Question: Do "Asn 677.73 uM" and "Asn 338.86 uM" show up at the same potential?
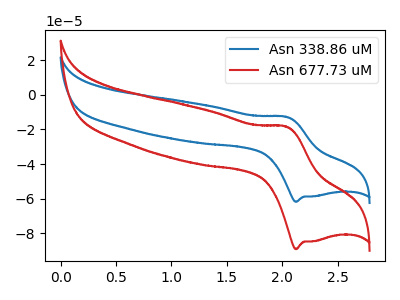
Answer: <think>The blue curve "Asn 338.86 uM" has an anodic peak at (2.05V, -12.80uA) and a cathodic peak at (2.15V, -61.75uA). The red curve "Asn 677.73 uM" has an anodic peak at (2.05V, -18.45uA) and a cathodic peak at (2.15V, -89.05uA).
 All the peaks in "Asn 677.73 uM" have a peak in "Asn 338.86 uM" at the same potential.</think>
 <answer>"Asn 677.73 uM" and "Asn 338.86 uM" are similar in shape.</answer>
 <eval>same_shape</eval>